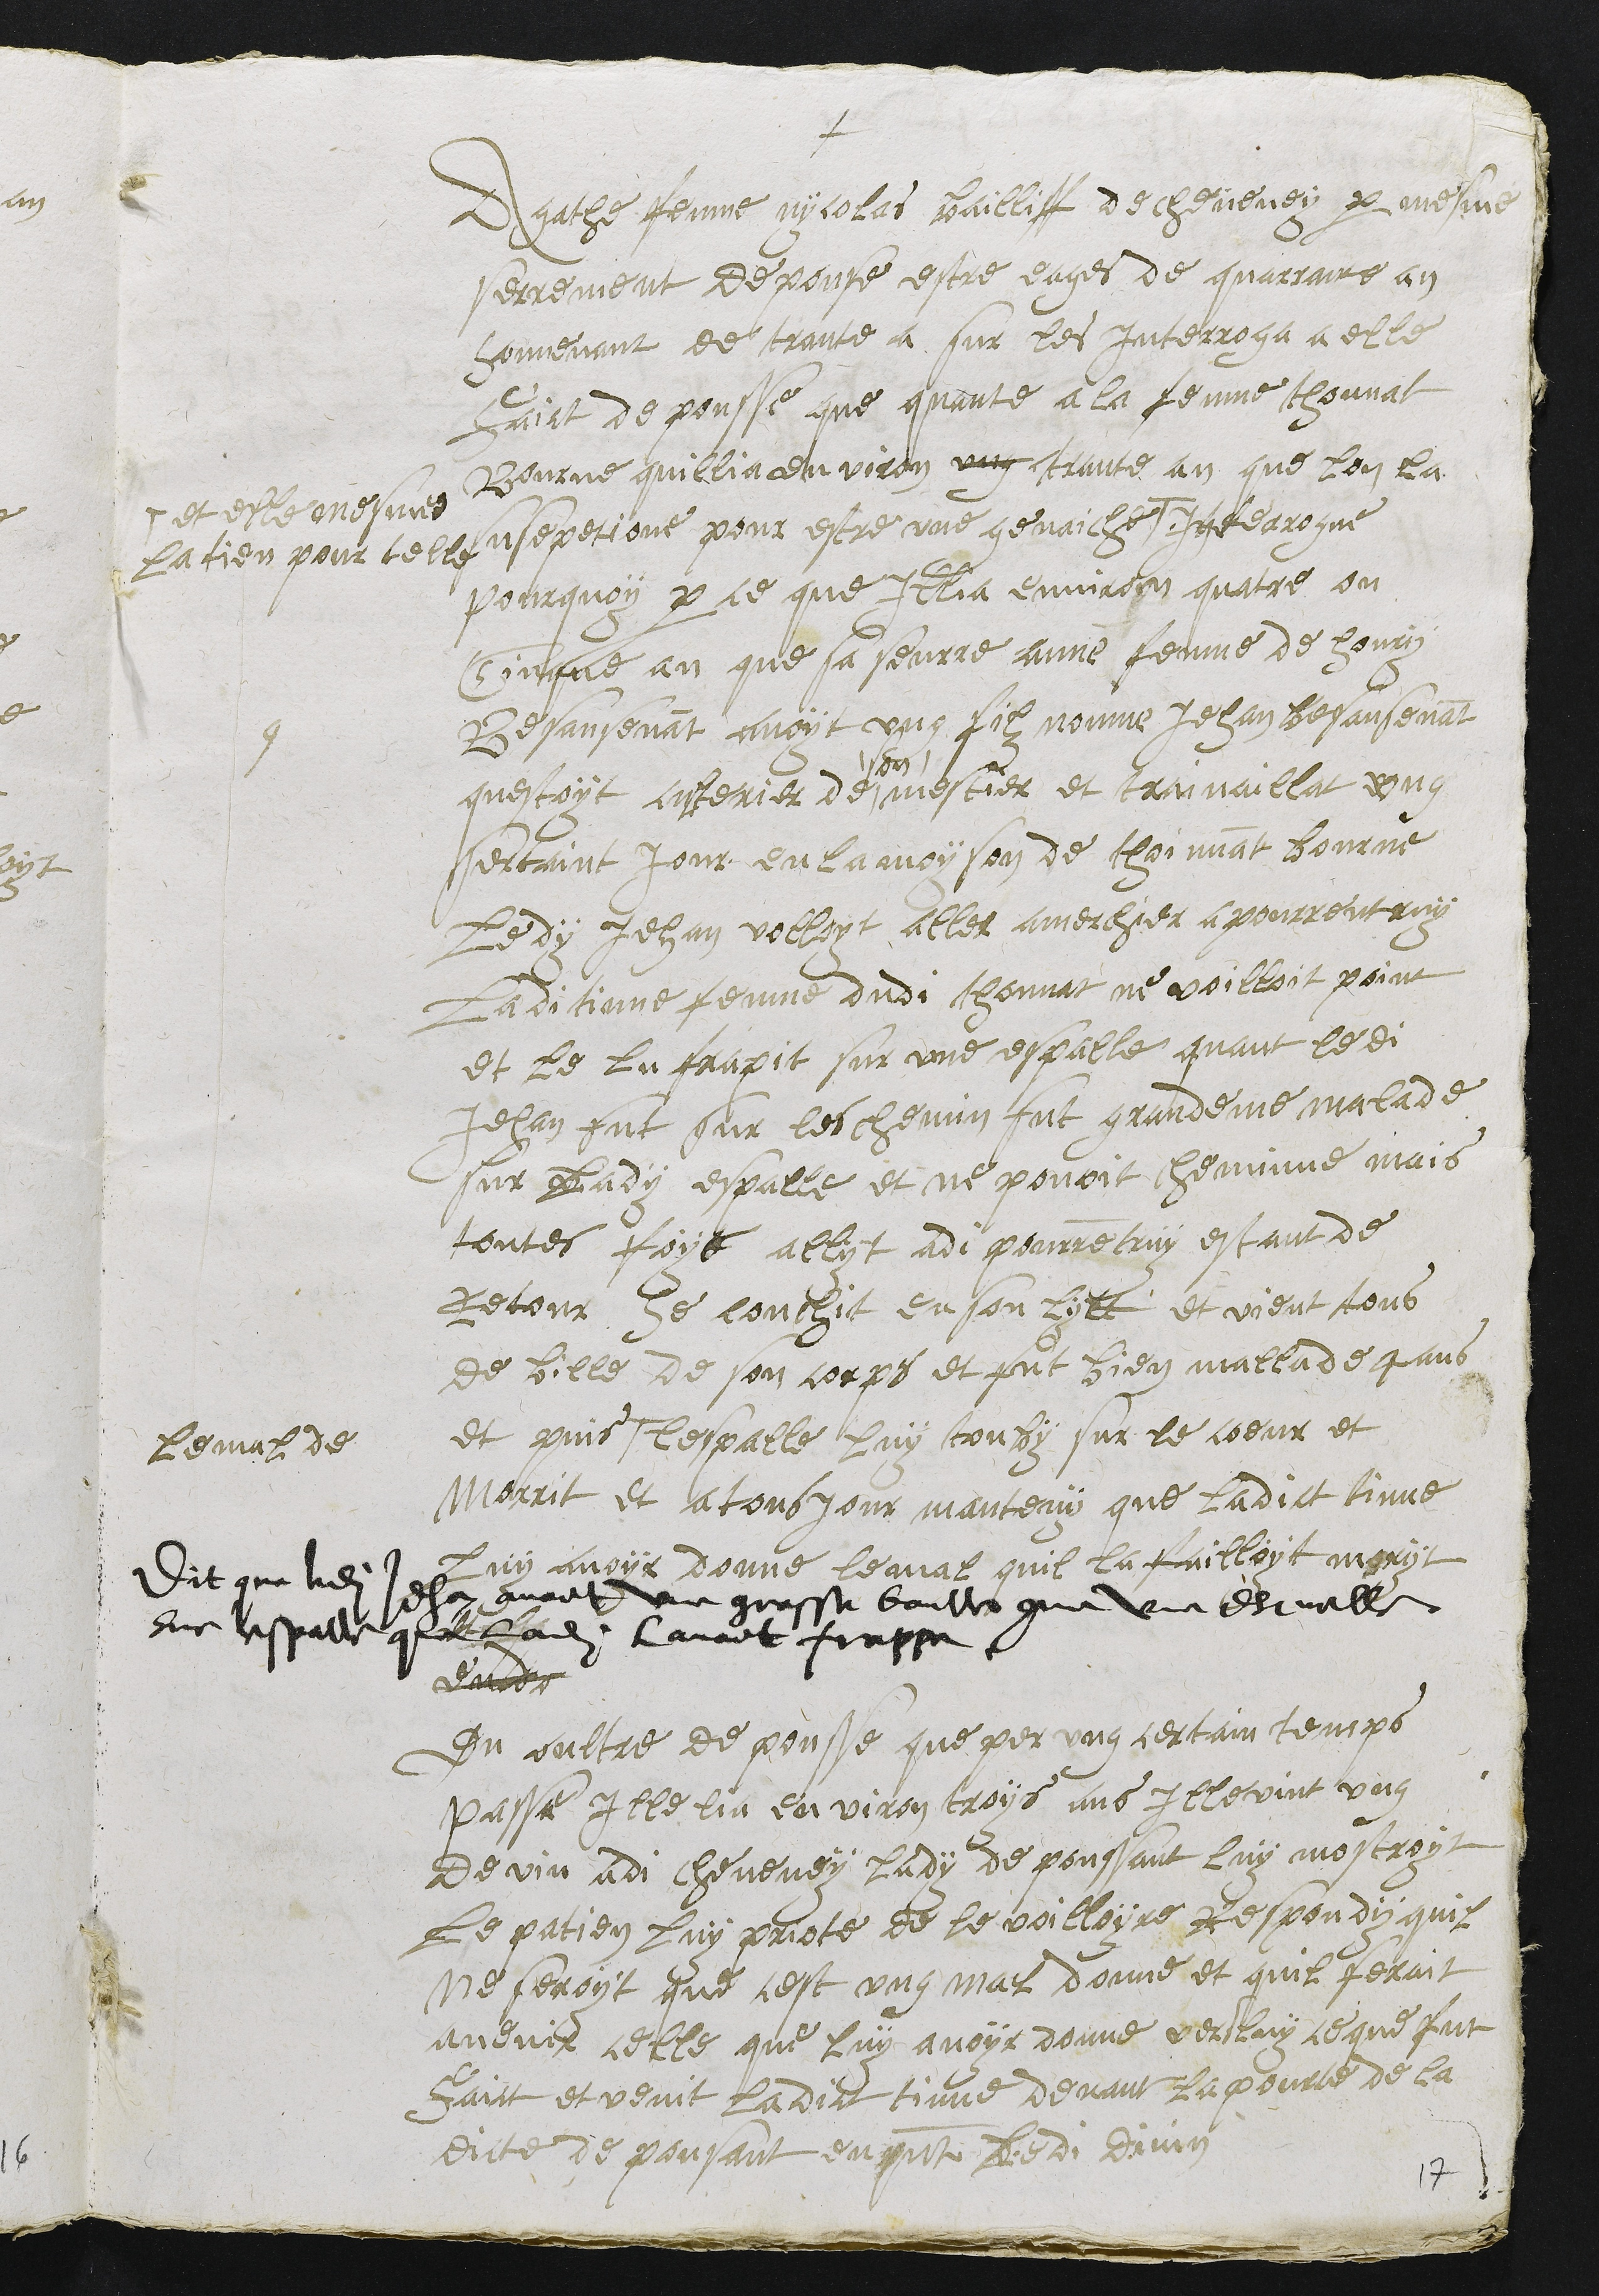
+
9
Agathe fenme nycolas Bailliff de cheveney par mesme
serrement depouse estre eages de quarrante an
souvenant de trante a sur les Interroga a elle
faict depousse que quante a la fenme thonnat
Bourne quillia environ ung trante an que lon la
susepetione pour estre une genaiche #
# et elle mesmes
la tien pour telle
Interrogue
pourquoy par ce que Illia environ quatre ou
Cinque an que sa seurre anne fenme de Henry
Besansenant avoyt ung filz nomme Jehan Besansenant
questoyt culterier de
son
mestier et traivaillat ung
sertaint jour en la moyson de thoinnat Bourne
Le dy Jehan volloyt aller a merchier a pourrentruy
Ladi tinne fenme dudi thonnat ne voilloit point
et le lu frapit sur une espalle quant ledi
Jehan fut sur les chemin fut grandeme malade
sur lady espalle et ne povoit cheminne mais
toutes foys allyt adi pourrentruy estant de
Retour se couchit en son lytt et vient tous
de bille de son corps et fut bien mallade 4 ans
et puis
le mal de
lespalle luy tonby sur le coeur et
morrit et a tousjour manteny que ladict tinne
luy avoir donne le mal quil la failloyt moryt
Dit que ledit Jehan avoit une grosse boulle comme une escuelle
sur lespalle que ladite lavoit frappe
dudc
Du oultre de pousse que par ung certain temps
passe Ille lia environ troys ans Ille vint ung
devin adi cheveney lady depoussant luy mostroyt
le patien luy priote de le voilloyre Respondy quil
ne feroit que cest ung mal donne et quil feroit
avenir celle que luy avoir donne vers luy ce que fut
faict et venit ladict tinne devant la pourte de la
dicte depousant en presence ledit divin
17